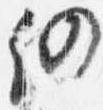
仍